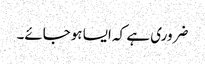
ضروری ہے کہ ایسا ہوجائے۔